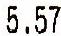
5.57